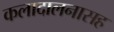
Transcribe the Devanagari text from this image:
कलादालनासह